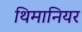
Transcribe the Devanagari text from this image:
थिमानियर